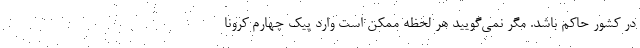
در کشور حاکم باشد. مگر نمی‌گویید هر لحظه ممکن است وارد پیک چهارم کرونا